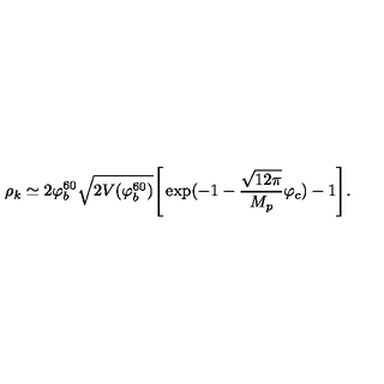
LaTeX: \rho _ { k } \simeq 2 \varphi _ { b } ^ { 6 0 } \sqrt { 2 V ( \varphi _ { b } ^ { 6 0 } ) } \Biggr [ \exp ( - 1 - \frac { \sqrt { 1 2 \pi } } { M _ { p } } \varphi _ { c } ) - 1 \Biggr ] .